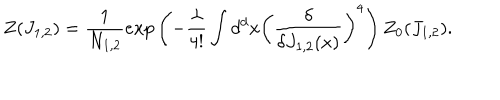
Z ( J _ { 1 , 2 } ) = \frac { 1 } { N _ { 1 , 2 } } e x p \left( - \frac { \lambda } { 4 ! } \int d ^ { d } x \left( \frac { \delta } { \delta J _ { 1 , 2 } ( x ) } \right) ^ { 4 } \right) Z _ { 0 } ( J _ { 1 , 2 } ) .